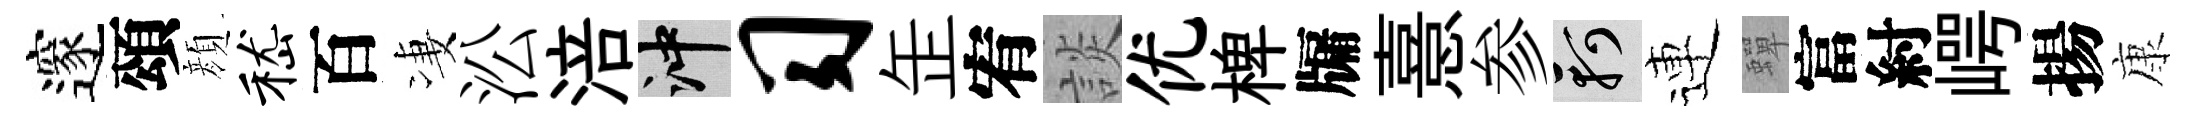
邃頌顔嵇百凄㳂涪冲习𦈢宥談优椑牖憙参軻連蟬富紂崿揚康